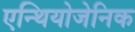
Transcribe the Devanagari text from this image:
एन्थियोजेनिक